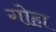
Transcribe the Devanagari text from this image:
गोहा